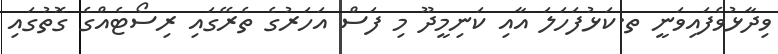
ވިދާޅުވެފައިވަނީ ތ.ކަޅުފަހަލަ އާއި ކަނިމީދޫ މި ފަސް އަހަރުގެ ތެރޭގައި ރިސޯޓެއްގެ ގޮތުގައި